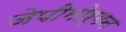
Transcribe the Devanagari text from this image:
जेपीमोर्गन